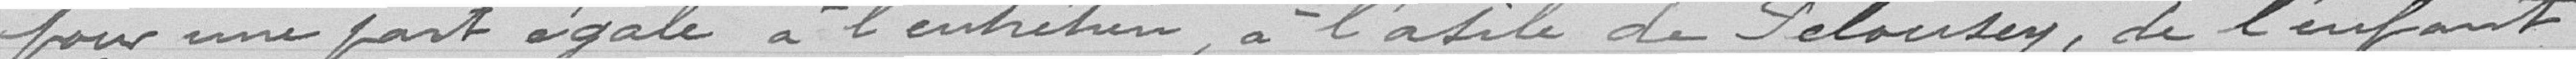
pour une part égale à l'entretien, à l'asile de Pelousey, de l'enfant